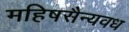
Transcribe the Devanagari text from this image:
महिषसैन्यवध